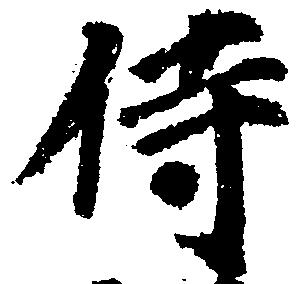
侍